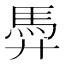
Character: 馵